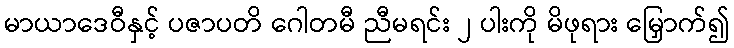
မာယာဒေဝီနှင့် ပဇာပတိ ဂေါတမီ ညီမရင်း ၂ ပါးကို မိဖုရား မြှောက်၍